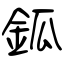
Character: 鈲